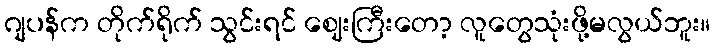
ဂျပန်က တိုက်ရိုက် သွင်းရင် ဈေးကြီးတော့ လူတွေသုံးဖို့မလွယ်ဘူး။